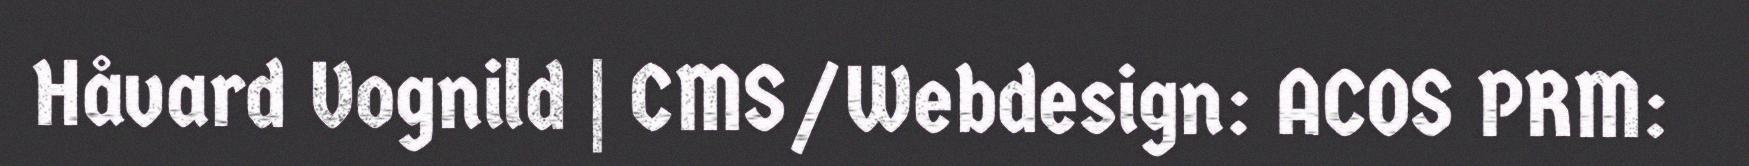
Håvard Vognild | CMS/Webdesign: ACOS PRM: